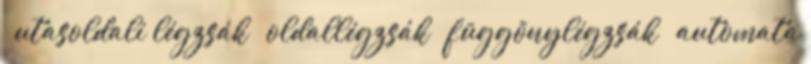
– utasoldali légzsák – oldallégzsák – függönylégzsák – automata